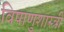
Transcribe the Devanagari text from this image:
विषाणुशास्त्री